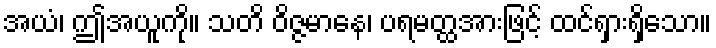
အယံ၊ ဤအယူကို။ သတိ ဝိဇ္ဇမာနေ၊ ပရမတ္ထအားဖြင့် ထင်ရှားရှိသော။